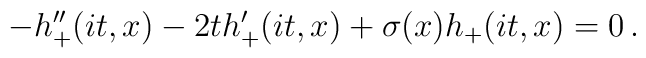
-h_+^{\prime\prime}(it,x)-2th_+^{\prime}(it,x)+\sigma(x)h_+(it,x)=0\, .